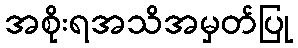
အစိုးရအသိအမှတ်ပြု